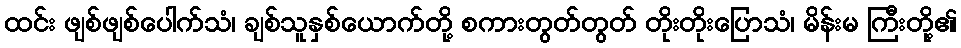
ထင်း ဖျစ်ဖျစ်ပေါက်သံ၊ ချစ်သူနှစ်ယောက်တို့ စကားတွတ်တွတ် တိုးတိုးပြောသံ၊ မိန်းမ ကြီးတို့၏